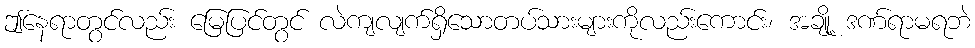
ဤနေရာတွင်လည်း မြေပြင်တွင် လဲကျလျက်ရှိသောတပ်သားများကိုလည်းကောင်း၊ အချို့ ဒဏ်ရာမရဘဲ